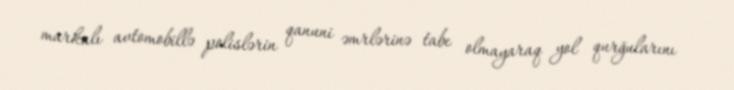
markalı avtomobillə polislərin qanuni əmrlərinə tabe olmayaraq yol qurğularını